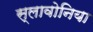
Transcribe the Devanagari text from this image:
स्लावोनिया